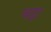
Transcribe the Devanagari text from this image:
बढ़़ा